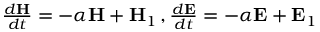
\begin{array} { r } { \frac { d \mathbf { H } } { d t } = - \alpha \mathbf { H } + \mathbf { H } _ { 1 } \, , \frac { d \mathbf { E } } { d t } = - \alpha \mathbf { E } + \mathbf { E } _ { 1 } } \end{array}